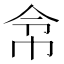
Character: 𢂂